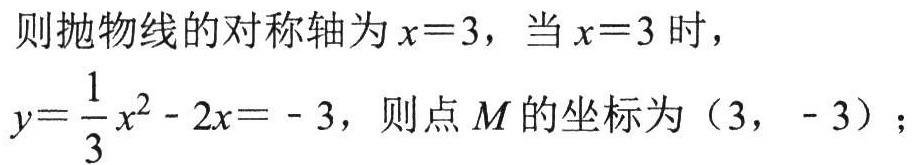
则抛物线的对称轴为\(x = 3\)，当\(x = 3\)时，
\(y = \dfrac{1}{3}x^{2}-2x = - 3\)，则点\(M\)的坐标为\((3, - 3)\)；